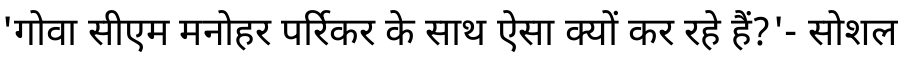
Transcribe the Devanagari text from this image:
'गोवा सीएम मनोहर पर्रिकर के साथ ऐसा क्यों कर रहे हैं?'- सोशल